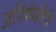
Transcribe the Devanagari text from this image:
अभिषेकींचे